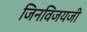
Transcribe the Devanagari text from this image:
जिनविजयजी